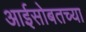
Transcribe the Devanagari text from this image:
आईसोबतच्या